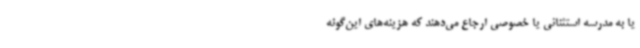
یا به مدرسه استثنائی یا خصوصی ارجاع می‌دهند که هزینه‌های این‌گونه